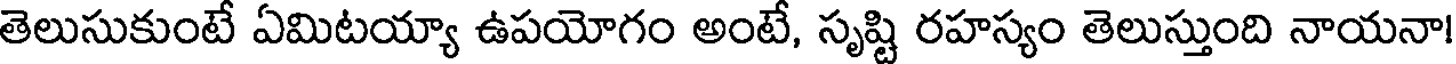
తెలుసుకుంటే ఏమిటయ్యా ఉపయోగం అంటే, సృష్టి రహస్యం తెలుస్తుంది నాయనా